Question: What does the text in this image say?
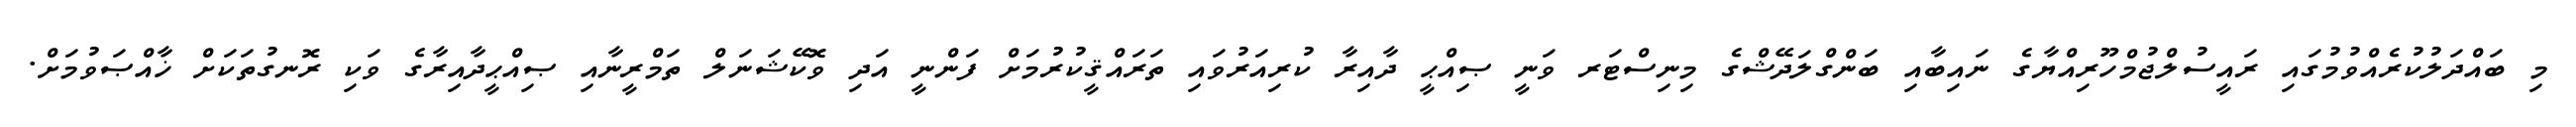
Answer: މި ބައްދަލުކުރެއްވުމުގައި ރައީސުލްޖުމްހޫރިއްޔާގެ ނައިބާއި ބަންގްލަދޭޝްގެ މިނިސްޓަރ ވަނީ ޞިއްޙީ ދާއިރާ ކުރިއަރުވައި ތަރައްޤީކުރުމަށް ފަންނީ އަދި ވޮކޭޝަނަލް ތަމްރީނާއި ޞިއްޙީދާއިރާގެ ވަކި ރޮނގުތަކަށް ޚާއްޞަވުމަށް.